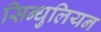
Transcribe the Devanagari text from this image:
सिन्धुलियन